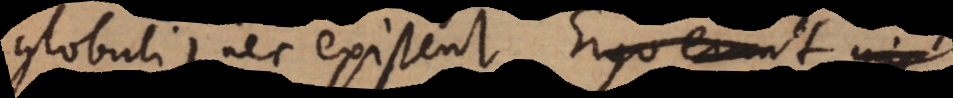
globuli) nec existent. Contra